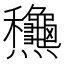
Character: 𪺋